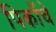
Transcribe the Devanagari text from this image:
पिकाँचे